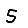
Digit: 5